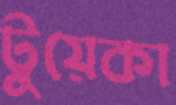
টুয়েকা